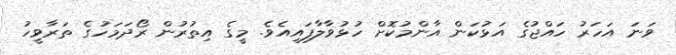
ވަނަ އަހަރު ހައްޖުގެ އަޅުކަން އާންމުކޮށް ހުޅުވާލާފައިއެވެ. މީގެ އިތުރުން ރޯދަމަހުގެ ތަރާވީހު